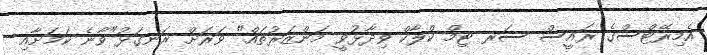
އެމިރޭޓްސްގެ ރައީސް ސަރ ޓިމް ކްލާކް ވިދާޅުވީ މަންޒަރުތައް" ވަރަށް ރަނގަޅު"ވާނެ ކަމަށާއި